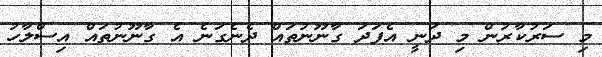
މި ސަރުކާރުން މި ދަނީ އެފަދަ ގާނޫނުތައް ދެނެގަނެ އެ ގާނޫނުތައް އިސްލާހު